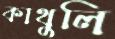
কাথুলি